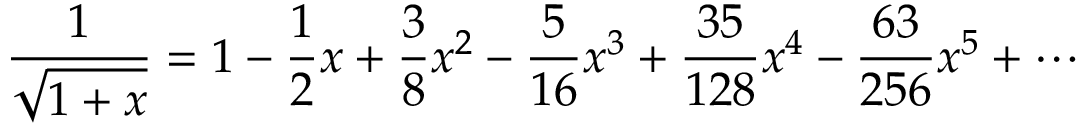
{ \frac { 1 } { \sqrt { 1 + x } } } = 1 - { \frac { 1 } { 2 } } x + { \frac { 3 } { 8 } } x ^ { 2 } - { \frac { 5 } { 1 6 } } x ^ { 3 } + { \frac { 3 5 } { 1 2 8 } } x ^ { 4 } - { \frac { 6 3 } { 2 5 6 } } x ^ { 5 } + \cdots